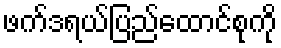
ဖက်ဒရယ်ပြည်ထောင်စုကို